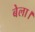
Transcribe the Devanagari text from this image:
बेला।